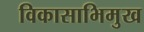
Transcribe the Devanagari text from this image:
विकासाभिमुख